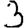
Digit: 3